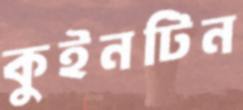
কুইনটিন